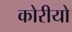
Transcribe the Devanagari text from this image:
कोरीयो